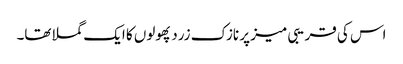
اس کی قریبی میز پر نازک زرد پھولوں کا ایک گملا تھا۔